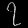
Digit: ၇